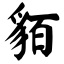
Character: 貊